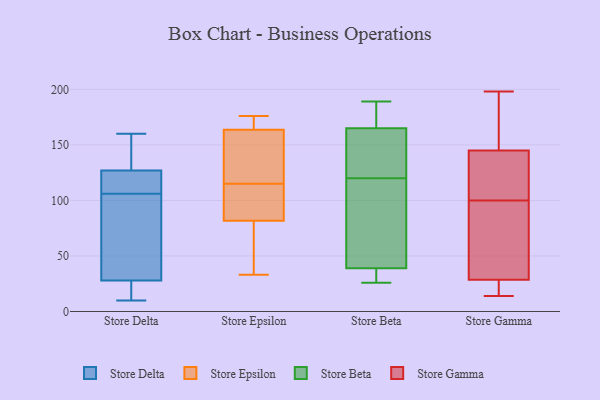
{"axis": {"x": "Latency (ms)", "y": "Value"}, "legend": ["Store Beta", "Store Delta", "Store Epsilon", "Store Gamma"], "data": [{"x": "", "y": 117, "type": "Store Delta"}, {"x": "", "y": 160, "type": "Store Delta"}, {"x": "", "y": 115, "type": "Store Delta"}, {"x": "", "y": 10, "type": "Store Delta"}, {"x": "", "y": 106, "type": "Store Delta"}, {"x": "", "y": 17, "type": "Store Delta"}, {"x": "", "y": 128, "type": "Store Delta"}, {"x": "", "y": 160, "type": "Store Delta"}, {"x": "", "y": 49, "type": "Store Delta"}, {"x": "", "y": 124, "type": "Store Delta"}, {"x": "", "y": 132, "type": "Store Delta"}, {"x": "", "y": 20, "type": "Store Delta"}, {"x": "", "y": 90, "type": "Store Delta"}, {"x": "", "y": 21, "type": "Store Delta"}, {"x": "", "y": 100, "type": "Store Delta"}, {"x": "", "y": 70, "type": "Store Epsilon"}, {"x": "", "y": 151, "type": "Store Epsilon"}, {"x": "", "y": 129, "type": "Store Epsilon"}, {"x": "", "y": 33, "type": "Store Epsilon"}, {"x": "", "y": 93, "type": "Store Epsilon"}, {"x": "", "y": 72, "type": "Store Epsilon"}, {"x": "", "y": 168, "type": "Store Epsilon"}, {"x": "", "y": 176, "type": "Store Epsilon"}, {"x": "", "y": 78, "type": "Store Epsilon"}, {"x": "", "y": 144, "type": "Store Epsilon"}, {"x": "", "y": 107, "type": "Store Epsilon"}, {"x": "", "y": 170, "type": "Store Epsilon"}, {"x": "", "y": 70, "type": "Store Epsilon"}, {"x": "", "y": 98, "type": "Store Epsilon"}, {"x": "", "y": 105, "type": "Store Epsilon"}, {"x": "", "y": 164, "type": "Store Epsilon"}, {"x": "", "y": 163, "type": "Store Epsilon"}, {"x": "", "y": 115, "type": "Store Epsilon"}, {"x": "", "y": 167, "type": "Store Epsilon"}, {"x": "", "y": 186, "type": "Store Beta"}, {"x": "", "y": 163, "type": "Store Beta"}, {"x": "", "y": 157, "type": "Store Beta"}, {"x": "", "y": 160, "type": "Store Beta"}, {"x": "", "y": 179, "type": "Store Beta"}, {"x": "", "y": 171, "type": "Store Beta"}, {"x": "", "y": 40, "type": "Store Beta"}, {"x": "", "y": 88, "type": "Store Beta"}, {"x": "", "y": 159, "type": "Store Beta"}, {"x": "", "y": 189, "type": "Store Beta"}, {"x": "", "y": 36, "type": "Store Beta"}, {"x": "", "y": 92, "type": "Store Beta"}, {"x": "", "y": 120, "type": "Store Beta"}, {"x": "", "y": 47, "type": "Store Beta"}, {"x": "", "y": 28, "type": "Store Beta"}, {"x": "", "y": 26, "type": "Store Beta"}, {"x": "", "y": 26, "type": "Store Beta"}, {"x": "", "y": 90, "type": "Store Gamma"}, {"x": "", "y": 133, "type": "Store Gamma"}, {"x": "", "y": 14, "type": "Store Gamma"}, {"x": "", "y": 109, "type": "Store Gamma"}, {"x": "", "y": 21, "type": "Store Gamma"}, {"x": "", "y": 198, "type": "Store Gamma"}, {"x": "", "y": 36, "type": "Store Gamma"}, {"x": "", "y": 157, "type": "Store Gamma"}, {"x": "", "y": 187, "type": "Store Gamma"}, {"x": "", "y": 91, "type": "Store Gamma"}, {"x": "", "y": 111, "type": "Store Gamma"}, {"x": "", "y": 15, "type": "Store Gamma"}]}